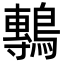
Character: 鷒